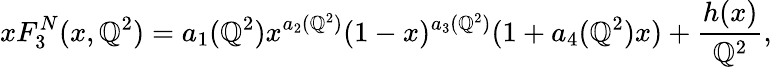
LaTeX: xF_{3}^{N}(x,\mathbb{Q}^{2})=a_{1}(\mathbb{Q}^{2})x^{a_{2}(\mathbb{Q}^{2})}(1-x)^{a_{3}(\mathbb{Q}^{2})}(1+a_{4}(\mathbb{Q}^{2})x)+{\frac{{h(x)}}{{\mathbb{Q}^{2}}}},